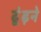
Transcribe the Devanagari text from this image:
ढ़ूंढ़ने